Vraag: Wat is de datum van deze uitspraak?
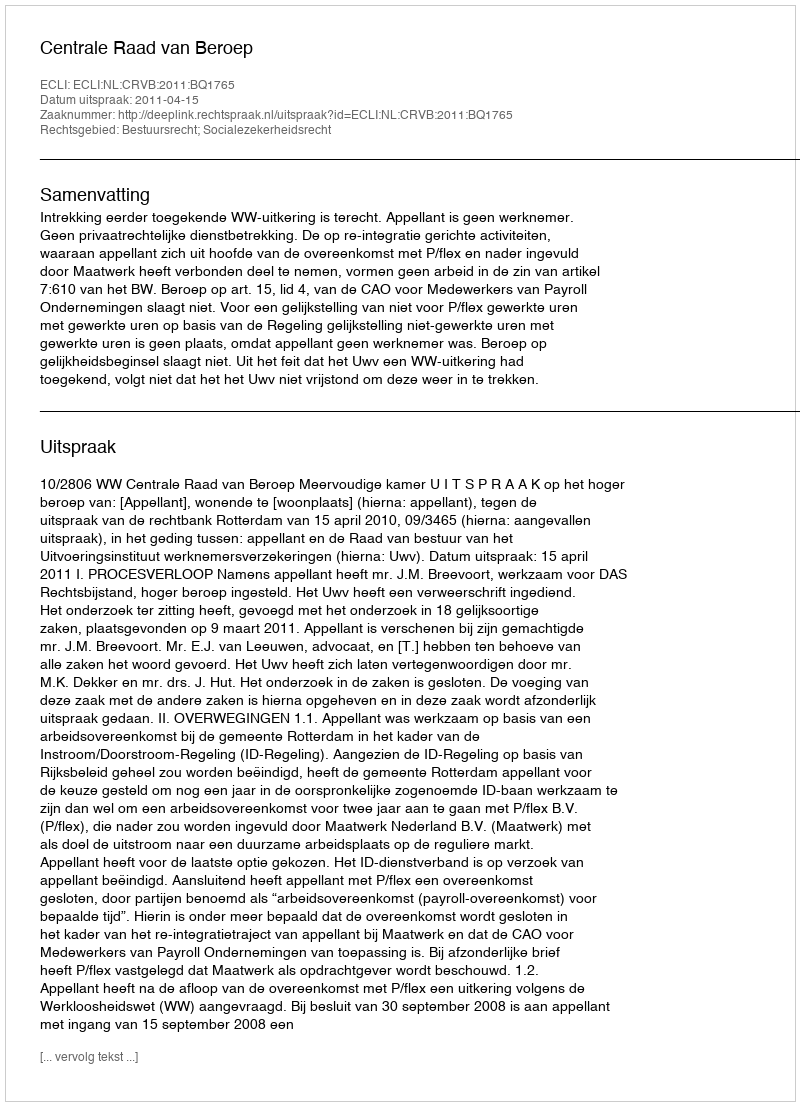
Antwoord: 2011-04-15